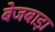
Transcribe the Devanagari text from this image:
बेजबाड़ा